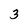
Character: 3